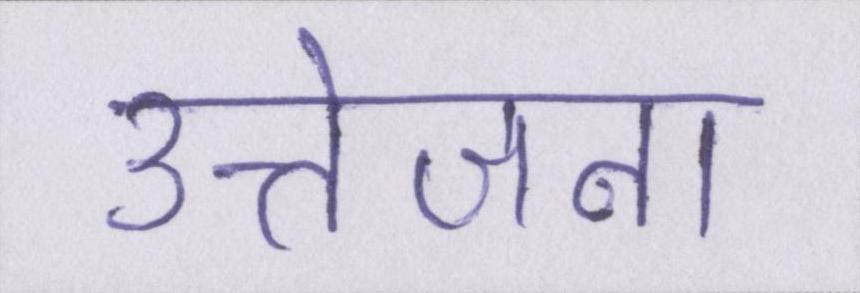
उत्तेजना